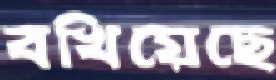
বখিয়েছে